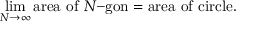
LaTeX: \operatorname* { l i m } _ { N \to \infty } { \mathrm { a r e a ~ o f ~ } } N { \mathrm { - g o n } } = { \mathrm { a r e a ~ o f ~ c i r c l e } } .